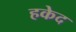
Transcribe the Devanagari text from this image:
हकेद